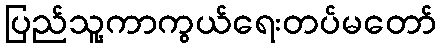
ပြည်သူ့ကာကွယ်ရေးတပ်မတော်